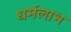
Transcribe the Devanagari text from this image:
धर्मलाभ